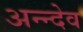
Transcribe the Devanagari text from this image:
अन्न्देव